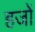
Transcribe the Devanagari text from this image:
हजों